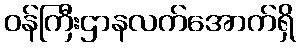
ဝန်ကြီးဌာနလက်အောက်ရှိ